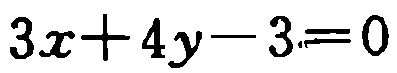
\(3x + 4y - 3 = 0\)